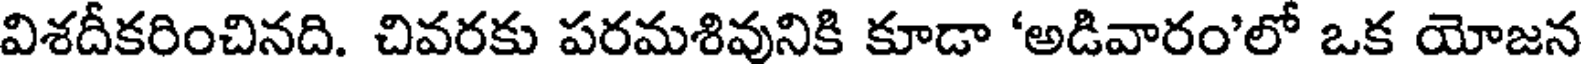
విశదీకరించినది. చివరకు పరమశివునికి కూడా 'అడివారం'లో ఒక యోజన